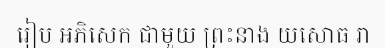
រៀប អភិសេក ជាមួយ ព្រះនាង យសោធ រា